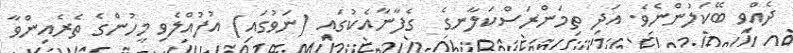
ދެއްވި ބޭކަލުންނެވެ. އަދި ތިމަންރަސްކަލާނގެ  ގެފާނާއެކުގައި (ނަވުގައި) އުފުއްލެވި މީހުންގެ ތެރެއިންވާ